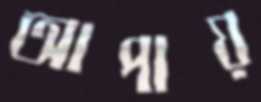
আপায়